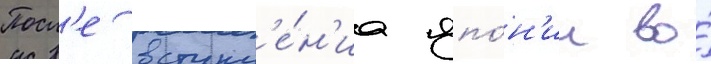
Посл'е вступл'е́н'иа япо́н'ии во́